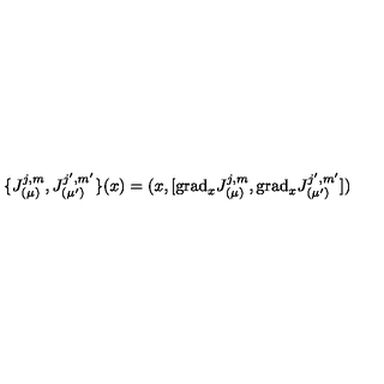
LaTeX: \{ J _ { ( \mu ) } ^ { j , m } , J _ { ( \mu ^ { \prime } ) } ^ { j ^ { \prime } , m ^ { \prime } } \} ( x ) = ( x , [ \mathrm { g r a d } _ { x } J _ { ( \mu ) } ^ { j , m } , \mathrm { g r a d } _ { x } J _ { ( \mu ^ { \prime } ) } ^ { j ^ { \prime } , m ^ { \prime } } ] )